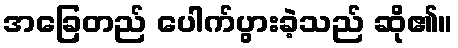
အခြေတည် ပေါက်ပွားခဲ့သည် ဆို၏။